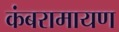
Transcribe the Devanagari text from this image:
कंबरामायण